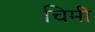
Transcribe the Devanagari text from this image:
चिमी